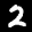
Label: 2